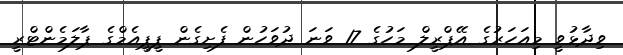
ވިދާޅުވީ މިއަހަރުގެ އޭޕްރީލް މަހުގެ 17 ވަނަ ދުވަހުން ފެށިގެން ޕީޕީއެމްގެ ޕާލަމެންޓްރީ